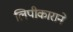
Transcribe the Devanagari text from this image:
लिपीकाराने